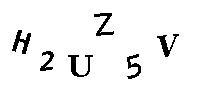
H2UZ5V